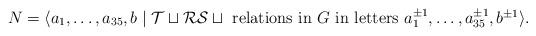
LaTeX: \begin{align*}N=\langle a_1,\ldots,a_{35},b\mid \mathcal{T}\sqcup \mathcal{RS}\sqcup \hbox{ relations in $G$ in letters $a_1^{\pm1},\ldots,a_{35}^{\pm1},b^{\pm1}$}\rangle. \end{align*}